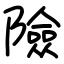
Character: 險